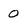
Character: 0